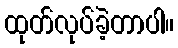
ထုတ်လုပ်ခဲ့တာပါ။